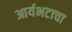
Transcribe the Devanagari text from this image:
आर्यभटाचा